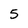
Character: 5